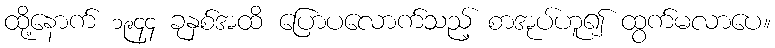
ထို့နောက် ၁၉၄၄ ခုနှစ်အထိ ပြောပလောက်သည့် စာအုပ်ဟူ၍ ထွက်မလာပေ။